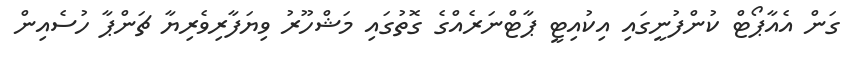
ގަން އެއާޕޯޓް ކުންފުނީގައި އިކުއިޓީ ޕާޓްނަރެއްގެ ގޮތުގައި މަޝްހޫރު ވިޔަފާރިވެރިޔާ ޗަންޕާ ހުސެއިން